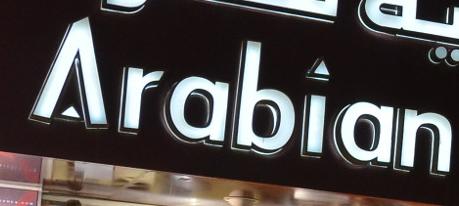
arabian